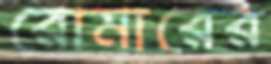
রোমারের